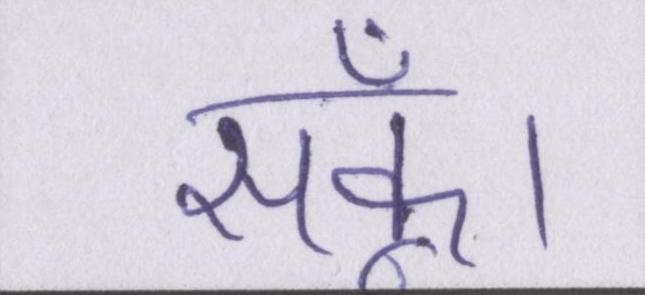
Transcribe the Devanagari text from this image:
सकूँ।